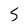
Character: 5